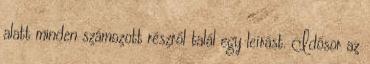
alatt minden számozott részről talál egy leírást. Idősor az